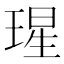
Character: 瑆